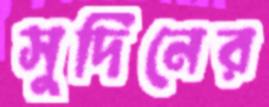
সুদিনের